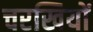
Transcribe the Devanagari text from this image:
चरखियों